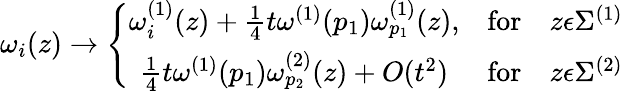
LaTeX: \omega_{i}(z)\to\left\{ \begin{array}{ccc}{{\omega_{i}^{(1)}(z)+\frac{1}{4}t\omega^{(1)}(p_{1})\omega_{p_{1}}^{(1)}(z),}}&{{\mathrm{for}}}&{{z\epsilon\Sigma^{(1)}}}\\ {{\frac{1}{4}t\omega^{(1)}(p_{1})\omega_{p_{2}}^{(2)}(z)+O(t^{2})}}&{{\mathrm{for}}}&{{z\epsilon\Sigma^{(2)}}}\end{array}\right.